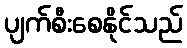
ပျက်စီးစေနိုင်သည်